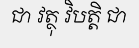
ជា វត្ថុ វិបត្តិ ជា